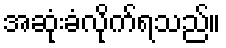
အဆုံးခံလိုက်ရသည်။